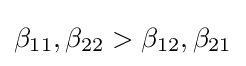
\beta _{11},\beta _{22}>\beta _{12},\beta _{21}